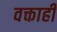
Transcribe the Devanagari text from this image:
वक्ताही